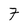
Character: 7